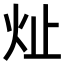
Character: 𪸔